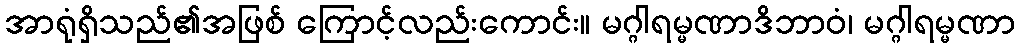
အာရုံရှိသည်၏အဖြစ် ကြောင့်လည်းကောင်း။ မဂ္ဂါရမ္မဏာဒိဘာဝံ၊ မဂ္ဂါရမ္မဏာ